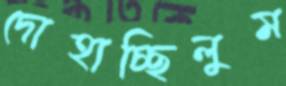
দোহাচ্ছিলুম